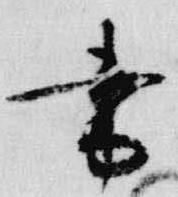
書